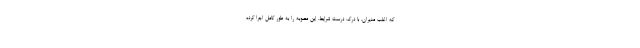
که اغلب مدیران، با درک درست شرایط، این مصوبه را به طور کامل اجرا کرده